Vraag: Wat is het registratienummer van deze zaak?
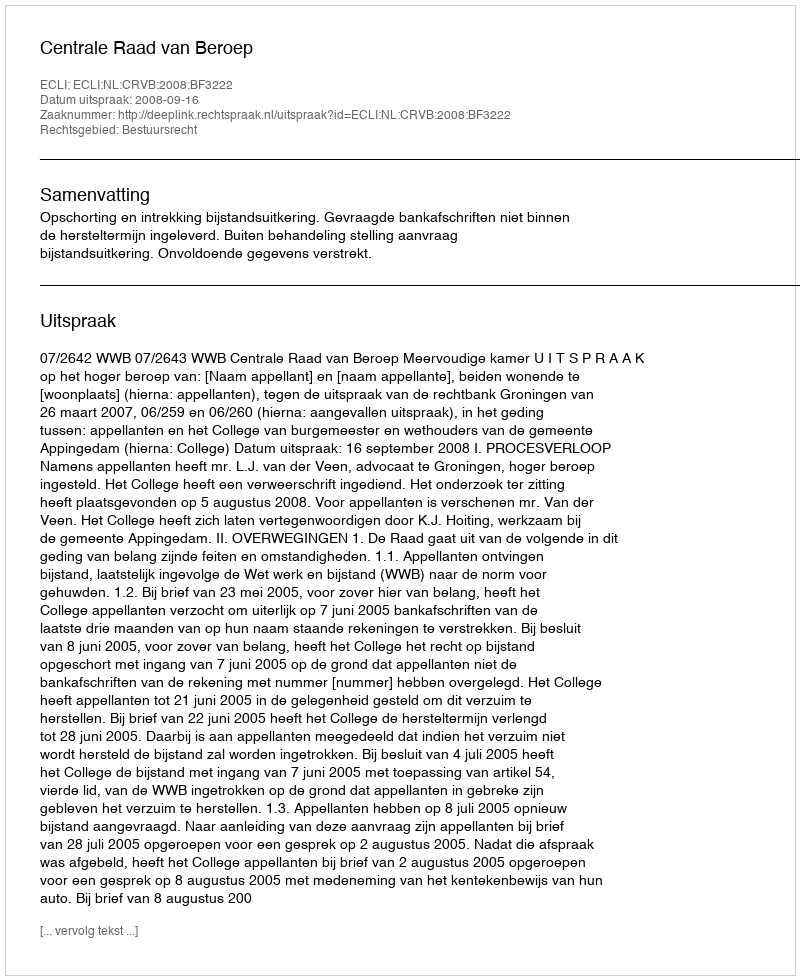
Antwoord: http://deeplink.rechtspraak.nl/uitspraak?id=ECLI:NL:CRVB:2008:BF3222